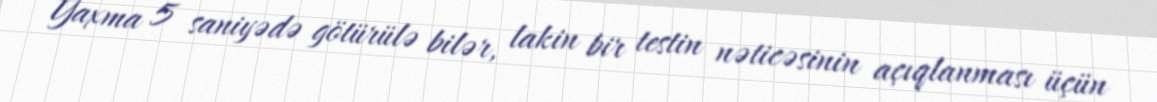
Yaxma 5 saniyədə götürülə bilər, lakin bir testin nəticəsinin açıqlanması üçün